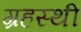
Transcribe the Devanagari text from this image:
ग्रहस्थी